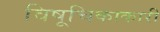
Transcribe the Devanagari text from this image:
विषूचिकाकारी